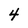
Character: 4